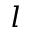
l